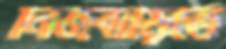
নিজবাড়িতে